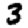
Digit: 3